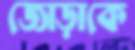
জোড়াকে